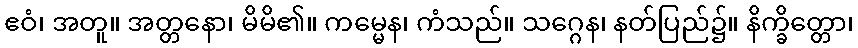
ဧဝံ၊ အတူ။ အတ္တနော၊ မိမိ၏။ ကမ္မေန၊ ကံသည်။ သဂ္ဂေန၊ နတ်ပြည်၌။ နိက္ခိတ္တော၊